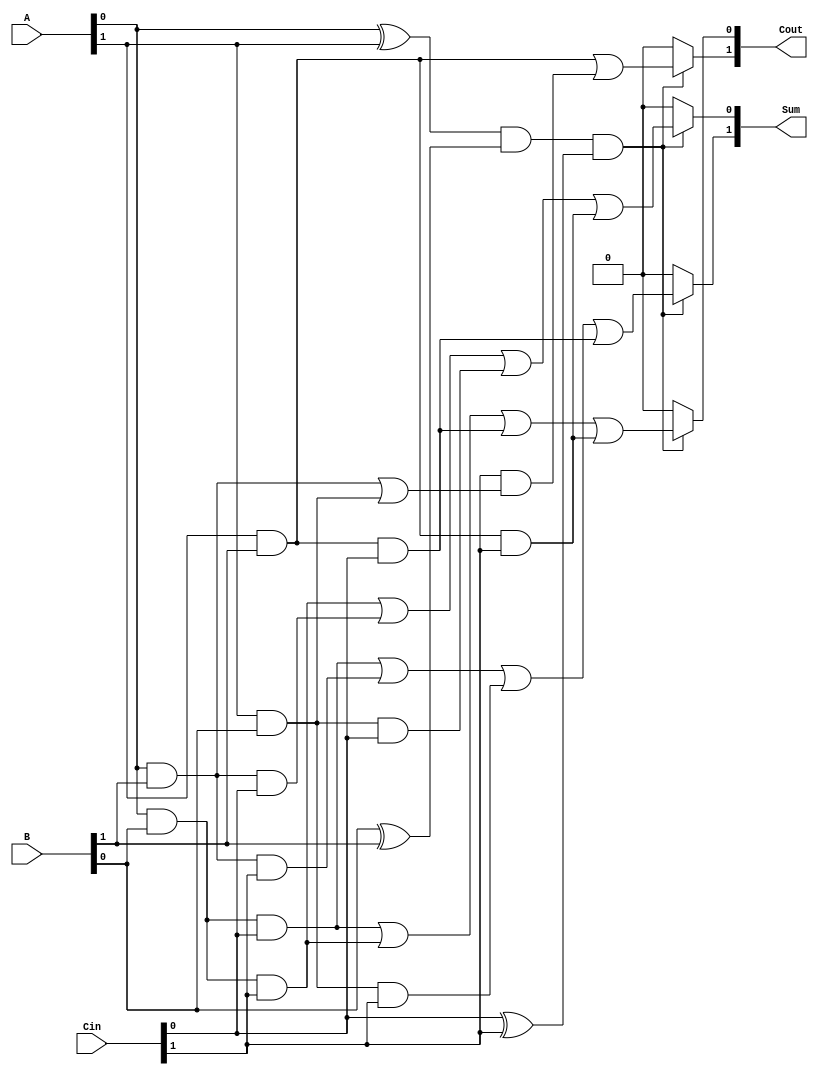
module dual_rail_full_adder (
    input  wire [1:0] A,    // Dual-rail representation of first input
    input  wire [1:0] B,    // Dual-rail representation of second input
    input  wire [1:0] Cin,   // Dual-rail representation of carry-in
    output wire [1:0] Sum,   // Dual-rail representation of sum output
    output wire [1:0] Cout   // Dual-rail representation of carry output
);

// Intermediate signals for sum and carry calculations
wire A0, A1, B0, B1, Cin0, Cin1;
assign A0 = A[0];
assign A1 = A[1];
assign B0 = B[0];
assign B1 = B[1];
assign Cin0 = Cin[0];
assign Cin1 = Cin[1];

// Validity checks to ensure dual-rail encoding
wire valid_A = (A0 ^ A1) == 1; // Only one of A[0] or A[1] should be high
wire valid_B = (B0 ^ B1) == 1; // Only one of B[0] or B[1] should be high
wire valid_Cin = (Cin0 ^ Cin1) == 1; // Only one of Cin[0] or Cin[1] should be high
wire valid_inputs = valid_A & valid_B & valid_Cin;

// Sum calculation
wire S1 = (A0 & B0 & Cin0) | (A0 & B1 & Cin1) | (A1 & B0 & Cin1) | (A1 & B1 & Cin0); // Sum = 1
wire S0 = (A0 & B0 & Cin1) | (A0 & B1 & Cin0) | (A1 & B0 & Cin0) | (A1 & B1 & Cin1); // Sum = 0

// Carry calculation
wire C1 = (A1 & B1) | (Cin1 & (A0 & B1 | A1 & B0)); // Cout = 1
wire C0 = (A0 & B0 & Cin0) | (A0 & B0 & Cin1) | (A1 & B1 & Cin0) | (A1 & B1 & Cin1); // Cout = 0

// Output assignment with validity check
assign Sum[0] = valid_inputs ? S0 : 1'b0; // Ensure valid output
assign Sum[1] = valid_inputs ? S1 : 1'b0; // Ensure valid output
assign Cout[0] = valid_inputs ? C0 : 1'b0; // Ensure valid output
assign Cout[1] = valid_inputs ? C1 : 1'b0; // Ensure valid output

endmodule